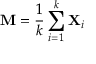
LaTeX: \mathbf { M } = { \frac { 1 } { k } } \sum _ { i = 1 } ^ { k } \mathbf { X } _ { i }